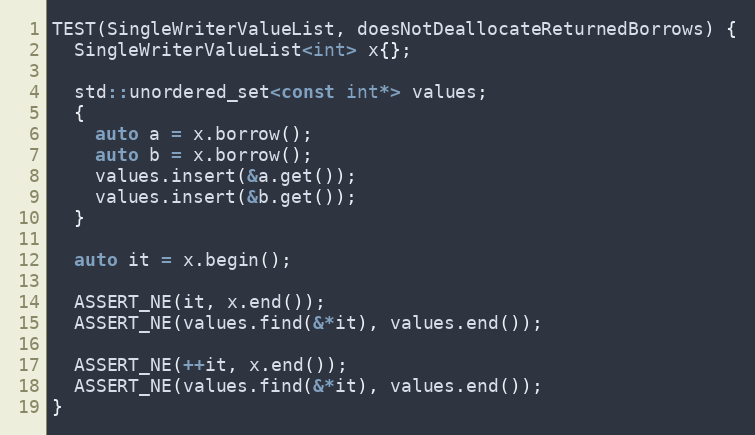
Language: C++
TEST(SingleWriterValueList, doesNotDeallocateReturnedBorrows) {
  SingleWriterValueList<int> x{};

  std::unordered_set<const int*> values;
  {
    auto a = x.borrow();
    auto b = x.borrow();
    values.insert(&a.get());
    values.insert(&b.get());
  }

  auto it = x.begin();

  ASSERT_NE(it, x.end());
  ASSERT_NE(values.find(&*it), values.end());

  ASSERT_NE(++it, x.end());
  ASSERT_NE(values.find(&*it), values.end());
}